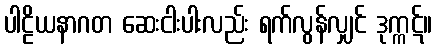
ပါဠိယနာဂတ ဆေးငါးပါးလည်း ရက်လွန်လျှင် ဒုက္ကဋ်။